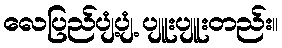
လေပြည်ပျံ့ပျံ့ ပျူးပျူးတည်း။